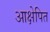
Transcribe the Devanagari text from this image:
आक्षेपित